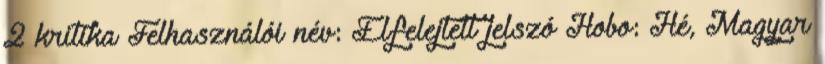
2 kritika Felhasználói név: Elfelejtett jelszó Hobo: Hé, Magyar